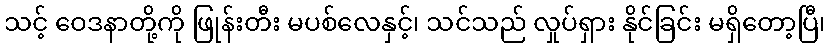
သင့် ဝေဒနာတို့ကို ဖြုန်းတီး မပစ်လေနှင့်၊ သင်သည် လှုပ်ရှား နိုင်ခြင်း မရှိတော့ပြီ၊